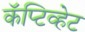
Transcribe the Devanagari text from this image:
कॅप्टिव्हेट